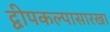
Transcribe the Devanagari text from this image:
द्वीपकल्पासारखा